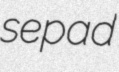
sepad